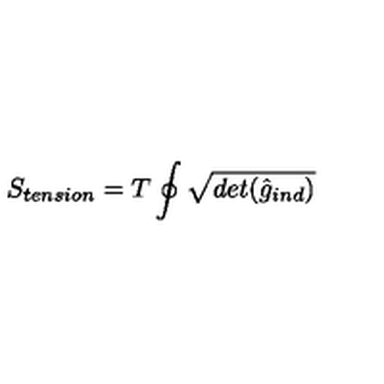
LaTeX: S _ { t e n s i o n } = T \oint \sqrt { d e t ( { \hat { g } _ { i n d } } ) }